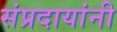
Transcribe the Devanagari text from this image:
संप्रदायांनी